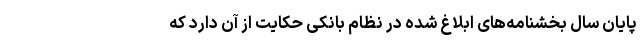
پایان سال بخشنامه‌های ابلاغ شده در نظام بانکی حکایت از آن دارد که